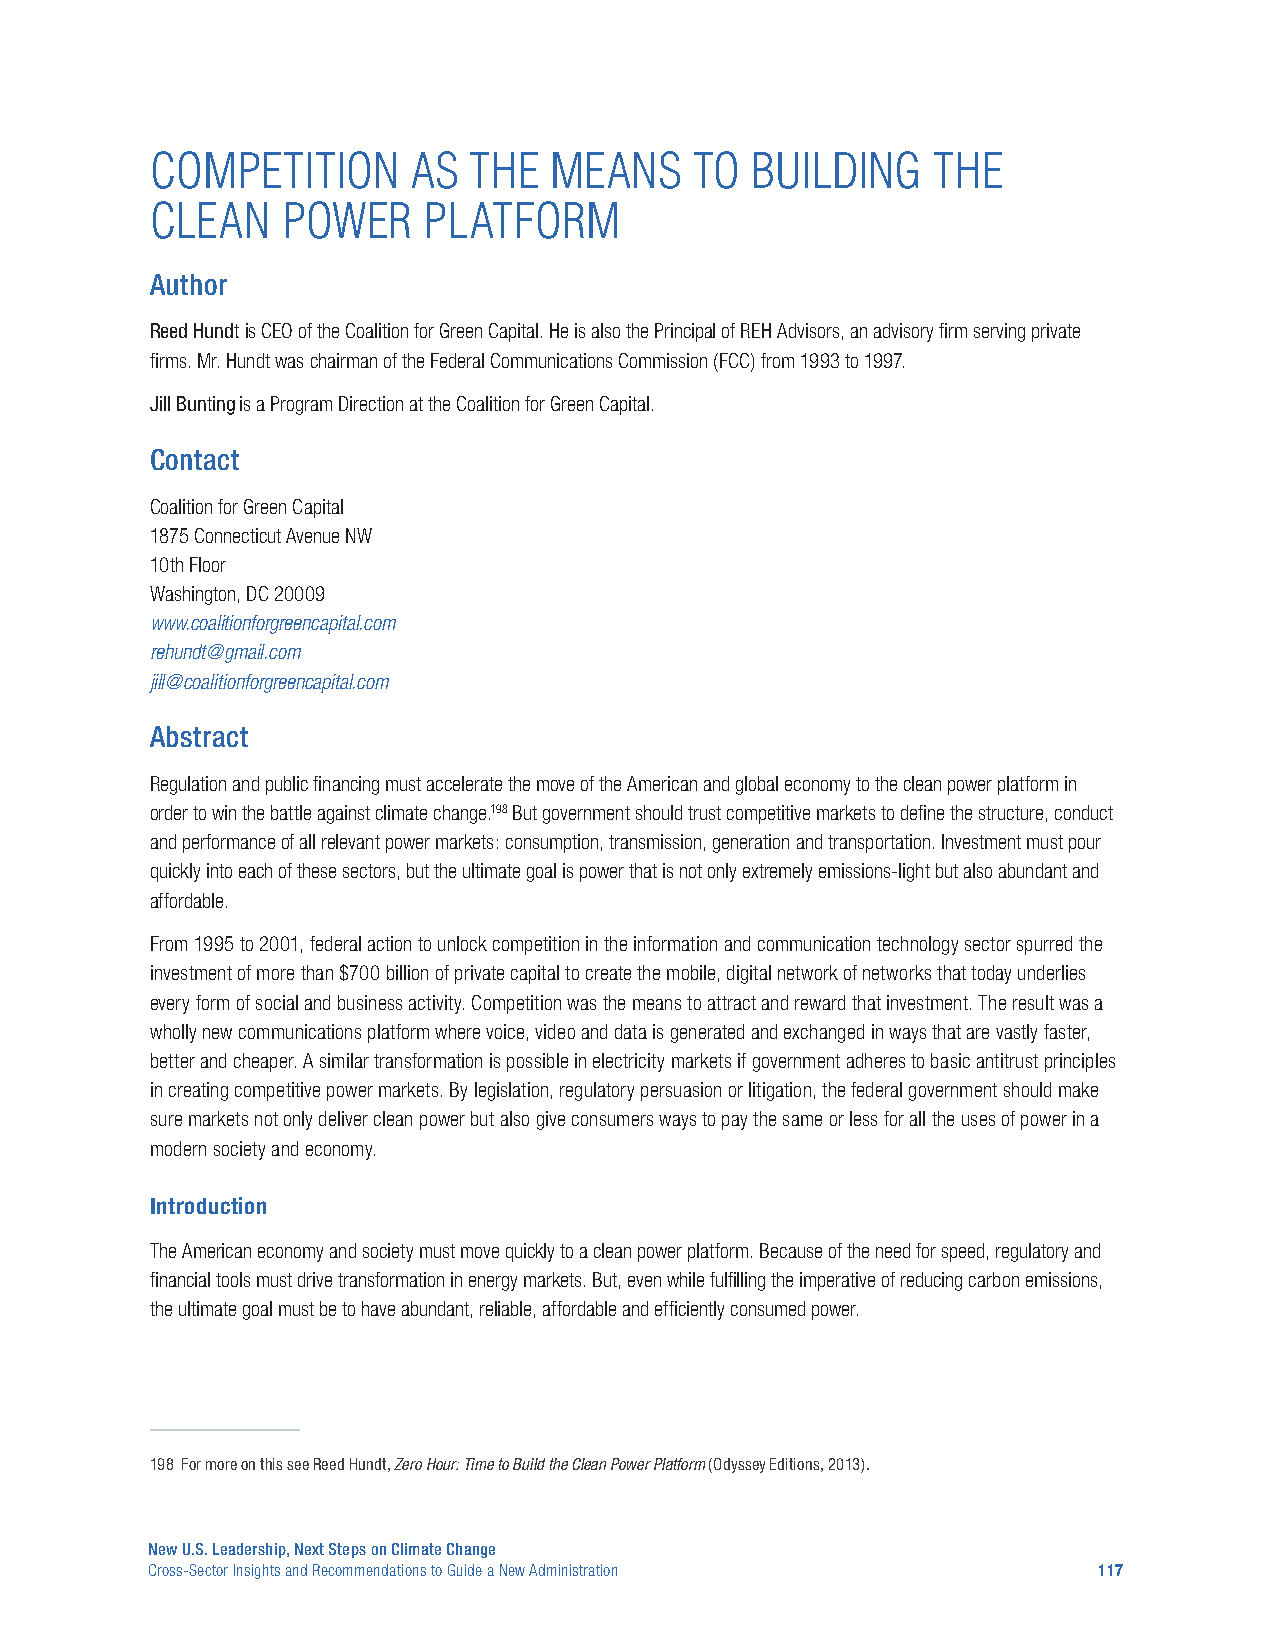
COMPETITION      AS  THE  MEANS     TO  BUILDING    THE
 CLEAN    POWER    PLATFORM
 Author
 Reed Hundt is CEO of the Coalition for Green Capital. He is also the Principal of REH Advisors, an advisory firm serving private
 firms. Mr. Hundt was chairman of the Federal Communications Commission (FCC) from 1993 to 1997.
 Jill Bunting is a Program Direction at the Coalition for Green Capital.
 Contact
 Coalition for Green Capital
 1875 Connecticut Avenue NW
 10th Floor
 Washington, DC 20009
 www.coalitionforgreencapital.com
 rehundt@gmail.com
 jill@coalitionforgreencapital.com
 Abstract
 Regulation and public financing must accelerate the move of the American and global economy to the clean power platform in
 order to win the battle against climate change.198 But government should trust competitive markets to define the structure, conduct
 and performance of all relevant power markets: consumption, transmission, generation and transportation. Investment must pour
 quickly into each of these sectors, but the ultimate goal is power that is not only extremely emissions-light but also abundant and
 affordable.
 From 1995 to 2001, federal action to unlock competition in the information and communication technology sector spurred the
 investment of more than $700 billion of private capital to create the mobile, digital network of networks that today underlies
 every form of social and business activity. Competition was the means to attract and reward that investment. The result was a
 wholly new communications platform where voice, video and data is generated and exchanged in ways that are vastly faster,
 better and cheaper. A similar transformation is possible in electricity markets if government adheres to basic antitrust principles
 in creating competitive power markets. By legislation, regulatory persuasion or litigation, the federal government should make
 sure markets not only deliver clean power but also give consumers ways to pay the same or less for all the uses of power in a
 modern society and economy.
 Introduction
 The American economy and society must move quickly to a clean power platform. Because of the need for speed, regulatory and
 financial tools must drive transformation in energy markets. But, even while fulfilling the imperative of reducing carbon emissions,
 the ultimate goal must be to have abundant, reliable, affordable and efficiently consumed power.
 198 For more on this see Reed Hundt, Zero Hour: Time to Build the Clean Power Platform (Odyssey Editions, 2013).
 New U.S. Leadership, Next Steps on Climate Change
 Cross-Sector Insights and Recommendations to Guide a New Administration 117